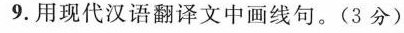
9.用现代汉语翻译文中画线句。(3分)